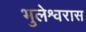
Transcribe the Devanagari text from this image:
भुलेश्वरास